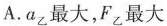
A.a_{乙}最大，F_{乙}最大